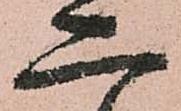
二